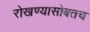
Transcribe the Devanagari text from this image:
रोखण्यासोबतच